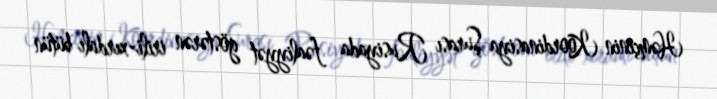
Həmçinin Koordinasiya Şurası Rusiyada fəaliyyət göstərən irili-xırdalı bütün